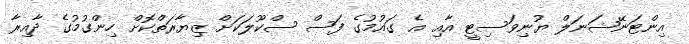
އިންޓަނޭޝަނަލް ޔުނިވަސިޓީ އާއި އެ ގައުމުގެ ފަސް ސްކޫލަކަށް ޒިޔާރަތްކޮށް ހިންގުމުގެ ދާއިރާ